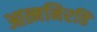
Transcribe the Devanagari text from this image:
आत्मनिरति